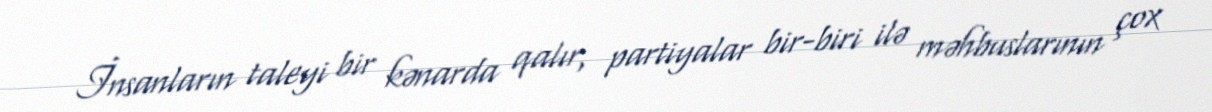
İnsanların taleyi bir kənarda qalır, partiyalar bir-biri ilə məhbuslarının çox